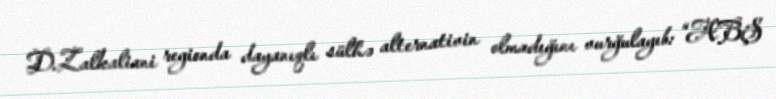
D.Zalkaliani regionda dayanıqlı sülhə alternativin olmadığını vurğulayıb: “ABŞ